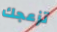
تزعجك